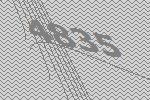
4835